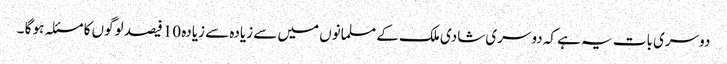
دوسری بات یہ ہے کہ دوسری شادی ملک کے مسلمانوں میں سے زیادہ سے زیادہ 10 فیصد لوگوں کا مسئلہ ہو گا ۔